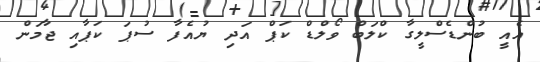
އެއީ ބުންޑެސްލީގާ ކްލަބް ވޯލްޑް ކަޕް އަދި ޔުއެފާ ސުޕަ ކަޕާއި ޖާމަން